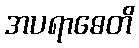
အပရာဓေတိ